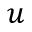
u